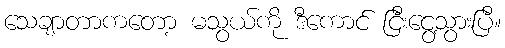
သေချာတာကတော့ မသွယ်ကို ဒီကောင် ငြီးငွေ့သွားပြီ။